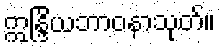
ဣန္ဒြိယဘာဝနာသုတ်။